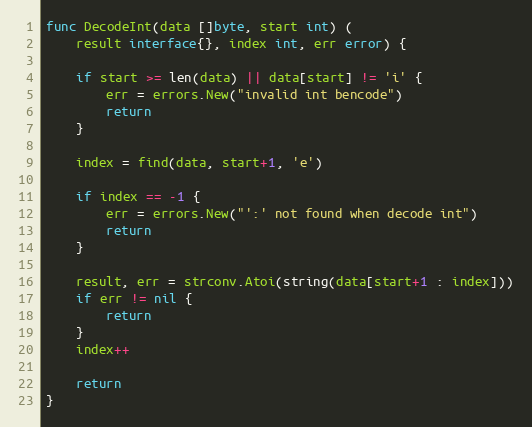
Language: Go
func DecodeInt(data []byte, start int) (
	result interface{}, index int, err error) {

	if start >= len(data) || data[start] != 'i' {
		err = errors.New("invalid int bencode")
		return
	}

	index = find(data, start+1, 'e')

	if index == -1 {
		err = errors.New("':' not found when decode int")
		return
	}

	result, err = strconv.Atoi(string(data[start+1 : index]))
	if err != nil {
		return
	}
	index++

	return
}